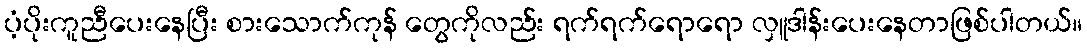
ပံ့ပိုးကူညီပေးနေပြီး စားသောက်ကုန် တွေကိုလည်း ရက်ရက်ရောရော လှူဒါန်းပေးနေတာဖြစ်ပါတယ်။